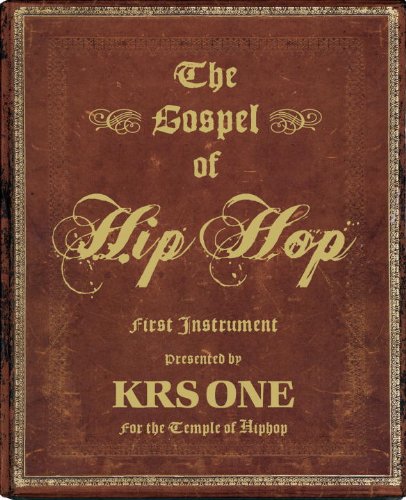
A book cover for The Gospel of Hip Hop: The First Instrument; KRS-One; Arts & Photography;